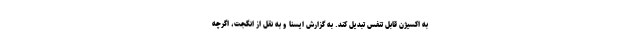
به اکسیژن قابل تنفس تبدیل کند. به گزارش ایسنا و به نقل از انگجت، اگرچه